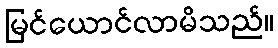
မြင်ယောင်လာမိသည်။